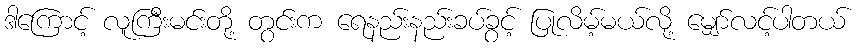
ဒါကြောင့် လူကြီးမင်းတို့ တွင်းက ရေနည်းနည်းခပ်ခွင့် ပြုလိမ့်မယ်လို့ မျှော်လင့်ပါတယ်